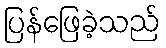
ပြန်ဖြေခဲ့သည်